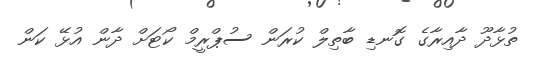
ތުޅާދޫ ދާއިރާގެ ގޮނޑި ބާތިލް ކުރަން ސުޕްރީމް ކޯޓަށް ދާން އުޅޭ ކަން